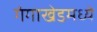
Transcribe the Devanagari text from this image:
गंगाखेडमध्ये